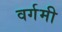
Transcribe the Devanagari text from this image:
वर्गमी